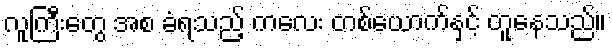
လူကြီးတွေ အစ ခံရသည့် ကလေး တစ်ယောက်နှင့် တူနေသည်။